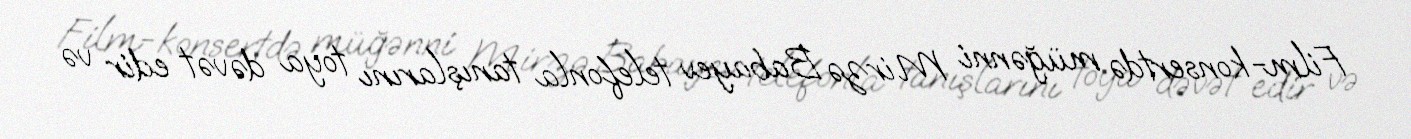
Film-konsertdə müğənni Mirzə Babayev telefonla tanışlarını toya dəvət edir və